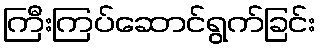
ကြီးကြပ်ဆောင်ရွက်ခြင်း